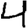
Digit: 4